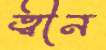
ত্বীন